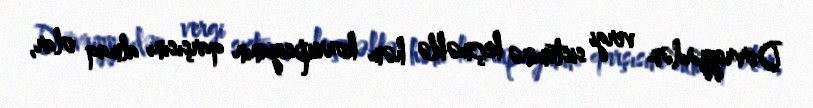
Dövriyyədən vergi sisteminə keçməklə həm korrupsiyanın qarşısını almaq olar,